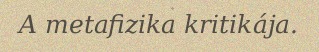
A metafizika kritikája.